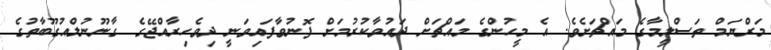
މަރްޔަމް ތަސްލީމާގެ މައްޗަށެވެ. އެ މީހުންގެ މައްޗަށް ދައުވާކުރުމަށް ފޮނުވާފައިވަނީ ދިވެހިރާއްޖޭގެ ގާނޫނުލްއުގޫބާތުގެ